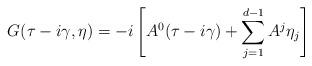
LaTeX: \begin{align*} G(\tau-i\gamma,\eta) = -i\left[A^0(\tau-i\gamma) + \sum_{j=1}^{d-1} A^j\eta_j \right] \end{align*}